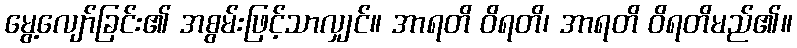
မွေ့လျော်ခြင်း၏ အစွမ်းဖြင့်သာလျှင်။ အာရတိ ဝိရတိ၊ အာရတိ ဝိရတိမည်၏။